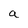
Character: a